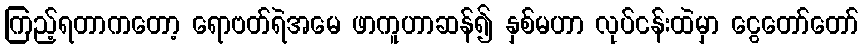
ကြည့်ရတာကတော့ ရောဗတ်ရဲအမေ ဖာကူဟာဆန်၍ နှစ်မဟာ လုပ်ငန်းထဲမှာ ငွေတော်တော်